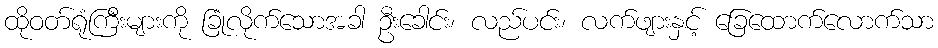
ထိုဝတ်ရုံကြီးများကို ခြုံလိုက်သောအခါ ဦးခေါင်း၊ လည်ပင်း၊ လက်ဖျားနှင့် ခြေထောက်လောက်သာ